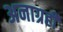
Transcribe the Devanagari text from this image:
अनाग्रही